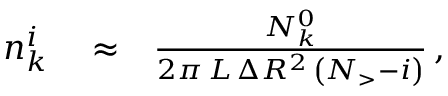
\begin{array} { r l r } { n _ { k } ^ { i } } & { { } \approx } & { \frac { N _ { k } ^ { 0 } } { 2 \pi \, L \, \Delta R ^ { 2 } \, \left( N _ { > } - i \right) } \, , } \end{array}